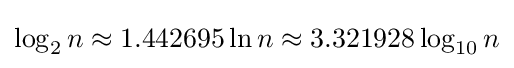
\log _{2}n\approx 1.442695\ln n\approx 3.321928\log _{10}n